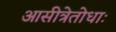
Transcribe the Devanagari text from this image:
आसीत्रेतोधाः